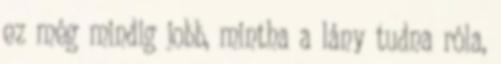
ez még mindig jobb, mintha a lány tudna róla,